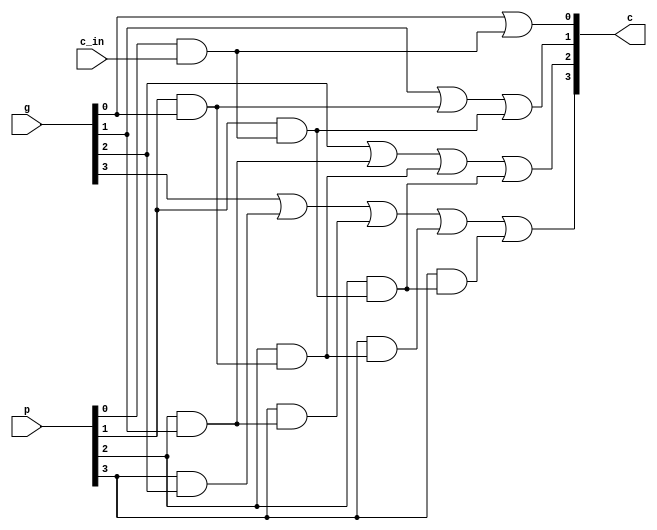
module carry(p, g, c_in, c);
    input [3:0] p, g;
    input c_in;
    output [3:0] c; // 4-bits carry signal generated

    wire [3:0] notG, notP, nandPC;
    wire [3:0] notC; // not of C_in, C[0], C[1], C[2]

    wire p0c0; //wire for c1
    wire p1g0, p1p0c0; //wire for c2
    wire p2g1, p2p1g0, p2p1p0c0; //wire for c3
    wire p3g2, p3p2g1, p3p2p1g0, p3p2p1p0c0; //wire for c4
    wire nc1, nc2;
    
    //c1
    assign p0c0 = p[0] & c_in;
    assign c[0] = g[0] | p0c0;

    //c2
    assign p1g0 = p[1] & g[0];
    assign p1p0c0 = p[1] & p0c0;
    assign c[1] = g[1] | p1g0 | p1p0c0;

    //c3
    assign p2g1 = p[2] & g[1];
    assign p2p1g0 = p[2] & p1g0;
    assign p2p1p0c0 = p[2] & p1p0c0;
    assign c[2] = g[2] | p2g1 | p2p1g0 | p2p1p0c0;

    //c4
    assign p3g2 = p[3] & g[2];
    assign p3p2g1 = p[3] & p2g1;
    assign p3p2p1g0 = p[3] & p2p1g0;
    assign p3p2p1p0c0 = p[3] & p2p1p0c0;
    assign c[3] = g[3] | p3g2 | p3p2g1 | p3p2p1g0 | p3p2p1p0c0;
endmodule